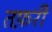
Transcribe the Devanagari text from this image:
तफ़री